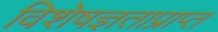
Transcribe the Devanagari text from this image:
विशेषज्ञताप्राप्त